Senior Leaving Certificate Examination (including Day School Certificate (Higher) General paper), 1946
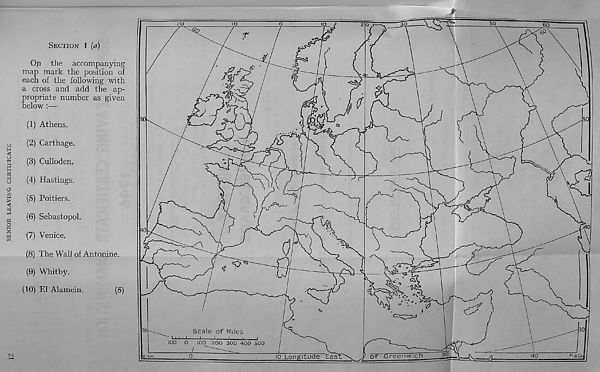
SENIOR LEAVING CERTIFICATE
. >S
SECTION 1 (a)
Op the accompanying
map mark the position of
each of the following with
a cross and add the ap-
propriate number as given
below :—
(1) Athens.
(2) Carthage.
(3) Culloden.
(4) Hastings.
(5) Poitiers.
(6) Sebastopol.
(7) Venice.
(8) The Wall of Antonine.
(9) Whitby.
(10)
El Alamein.
(5)